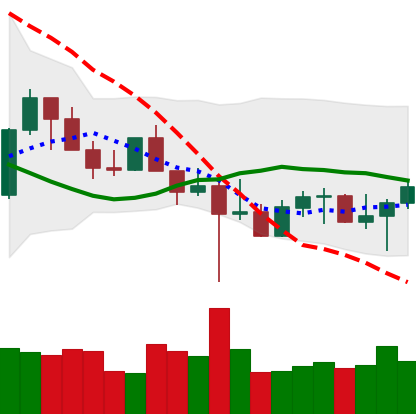
Ticker: LTC-USD
Chart end date: 2022-10-22
Forward return: 5.035%
Label: up_5_7